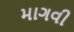
માગવી